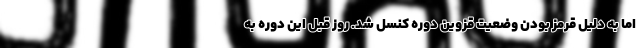
اما به دلیل قرمز بودن وضعیت قزوین دوره کنسل شد. روز قبل این دوره به